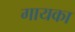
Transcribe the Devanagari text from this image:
गायका